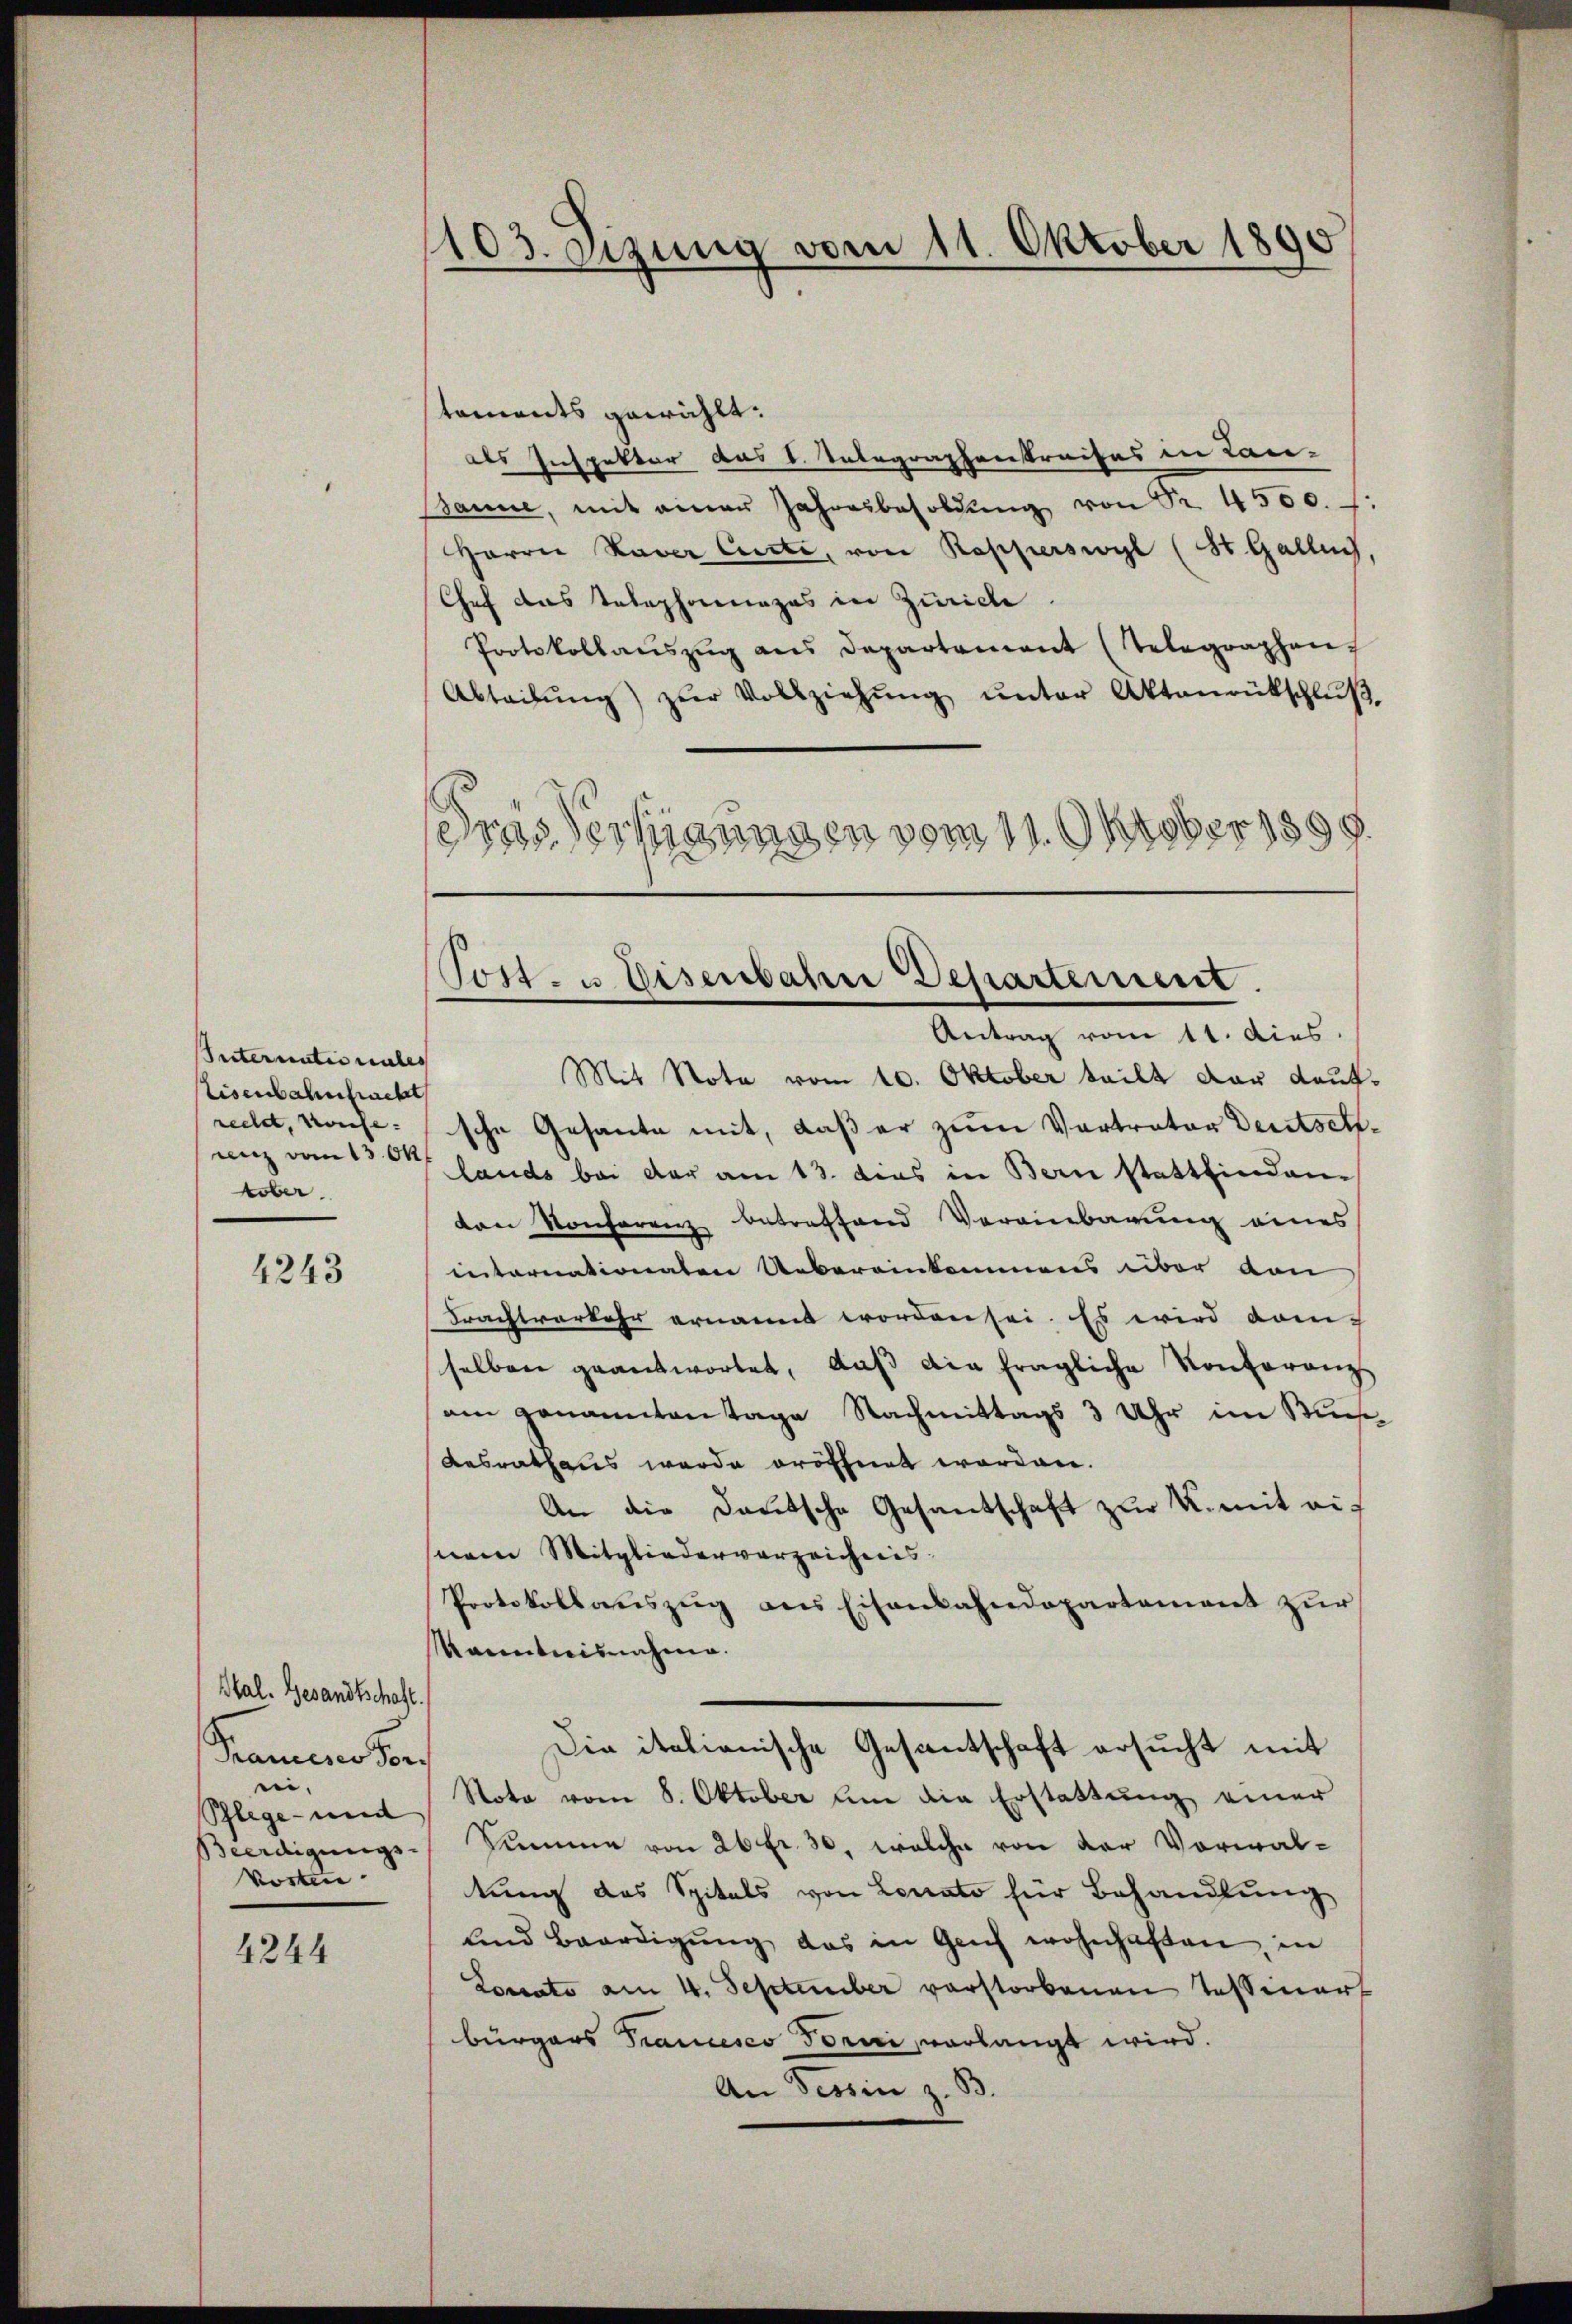
Suterunter unles
Eisenbahntracht
rechet, Korefe- |
unz vom 13. 64
ober.

4243

Hal. Gesandtschaft.
Pranceses Forch
ei.
Schlege und
Beerdigungs-
kosten
4244

1103. Sizung vom 11. Oktober 1890

taments gewählt:
als Inspektor das k. Integraphenstreifes in Lan-
Sanne, mit einer Jahresbesoldŭng von Nr. 4500. f.
Harrie Haver Cicte, von Rapperswyl (St. Gallen,
Chef das Telephonages in Zürich
Protokollaŭszŭg ans Departement (Telegraphen,
Abteilŭng zŭr Vollziehŭng ŭnter Aktenrütschlŭβ
Gras Verfügungen vom 11. Oktober 1890.
g.

Tott - u. Disenbahne Departement.
Antrag vom 11. dies.

Mit Nota vom 10. Oktober teilt der Laufsche Gesante mit, daß er zum Vortrator Deutschlands bei der am 13. dies in Bern stattfinden
von Konferenz betreffend Vereinbarung eines
entariationaten Uebereinkommens über von
Frachtverkehr ernannt worden sei. Es wird dam
selben geantwortet, daβ die fragliche Konferenz
am genanntentage Nachmittags 3 Uhr im Buch¬
Ausrathaus wurde eröffnet worden.
An die Deutsche Gesandschaft zur K. mit auf
snem Mitgliederverzeichnis.
Protokollauszug aus Eisenbahndepartement zur
Kanntnisnahme.
Die italianische Gesantschaft ersucht mit
Note vom 8. Oktober an die Erstattung einer
Summe von 26 fr. 30, welche von der Vorwaltung des Spitals von Locato für Behandlung
und Beerdigŭng das in Geich wohnhaften, in
Lorsato am 4. September verstorbenen Tessinert
bürgers Francesco Torni, verlangt wird.
An Tessin z. B.